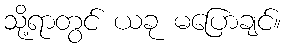
သို့ရာတွင် ယခု မပြောချင်။